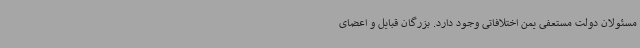
مسئولان دولت مستعفی یمن اختلافاتی وجود دارد. بزرگان قبایل و اعضای